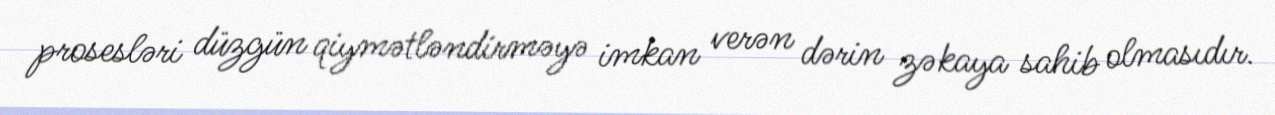
prosesləri düzgün qiymətləndirməyə imkan verən dərin zəkaya sahib olmasıdır.